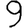
Digit: 9